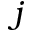
j